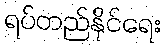
ရပ်တည်နိုင်ရေး